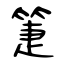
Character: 箑